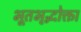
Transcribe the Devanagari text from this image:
भूतभृद्भोक्ता